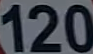
120